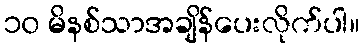
၁၀ မိနစ်သာအချိန်ပေးလိုက်ပါ။